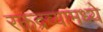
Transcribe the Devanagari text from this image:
रक्तद्रव्यामध्ये